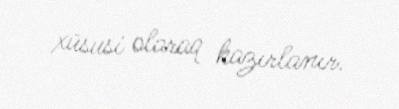
xüsusi olaraq hazırlanır.